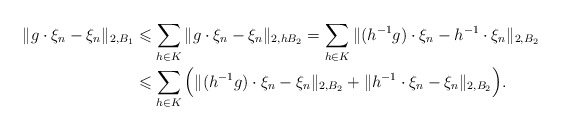
\begin{align*}\|g\cdot\xi_n-\xi_n\|_{2,B_1}&\leqslant\sum_{h\in K}\|g\cdot\xi_n-\xi_n\|_{2,hB_2}=\sum_{h\in K}\|(h^{-1}g)\cdot\xi_n-h^{-1}\cdot\xi_n\|_{2,B_2}\\&\leqslant\sum_{h\in K}\Big(\|(h^{-1}g)\cdot\xi_n-\xi_n\|_{2,B_2}+\|h^{-1}\cdot\xi_n-\xi_n\|_{2,B_2}\Big).\end{align*}